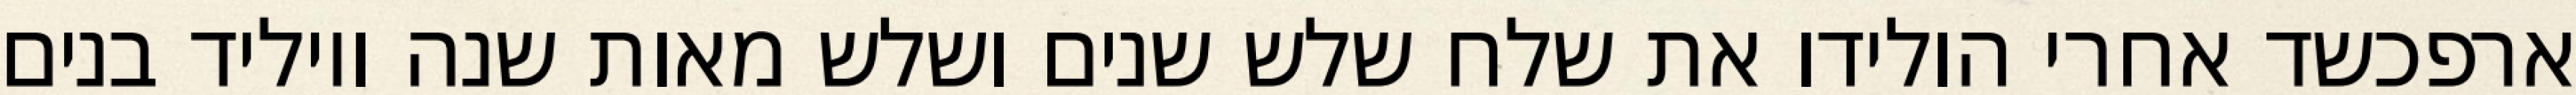
ארפכשד אחרי הולידו את שלח שלש שנים ושלש מאות שנה ויוליד בנים